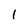
Character: l